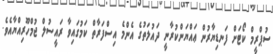
ސުޕްރީމް ކޯޓަށް ފަނޑިޔާރުން ޢައްޔަންކުރާނީ ދައުލަތުގެ އެންމެ އިސްފަރާތް ކަމުގައިވާ ރައީސުލް ޖުމްހޫރިއްޔާއެވެ.